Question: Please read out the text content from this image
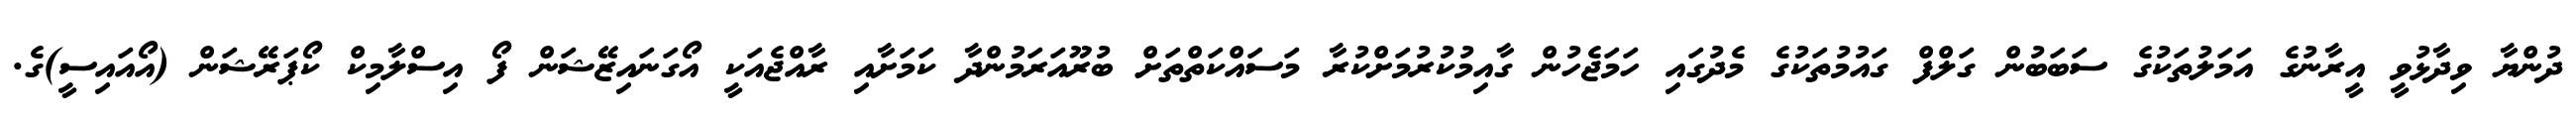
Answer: ދުންޔާ ވިދާޅުވީ އީރާނުގެ އަމަލުތަކުގެ ސަބަބުން ގަލްފް ގައުމުތަކުގެ މެދުގައި ހަމަޖެހުން ގާއިމުކުރުމަށްކުރާ މަސައްކަތްތަށް ބުރޫއަރަމުންދާ ކަމަށާއި ރާއްޖެއަކީ އޯގަނައިޒޭޝަން ފޯ އިސްލާމިކް ކޯޕަރޭޝަން (އޯއައިސީ)ގެ.